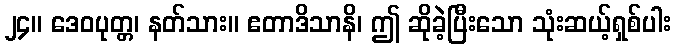
၂၄။ ဒေဝပုတ္တ၊ နတ်သား။ ဧတာဒိသာနိ၊ ဤ ဆိုခဲ့ပြီးသော သုံးဆယ့်ရှစ်ပါး